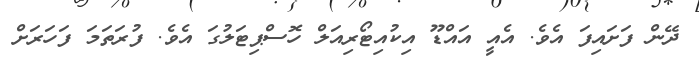
ދޭން ފަށައިފަ އެވެ. އެއީ އައްޑޫ އިކުއިޓޯރިއަލް ހޮސްޕިޓަލުގަ އެވެ. ފުރަތަމަ ފަހަރަށް